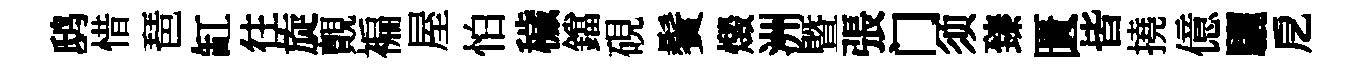
鸱惜琶缸往旋覿褊屋怕穢鐺硯鬢燬洲曁張门须臻匱皆撓億驪戹